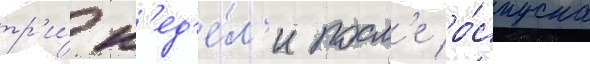
тр'и́ н'ед'е́л'и посл'е ро́спуска